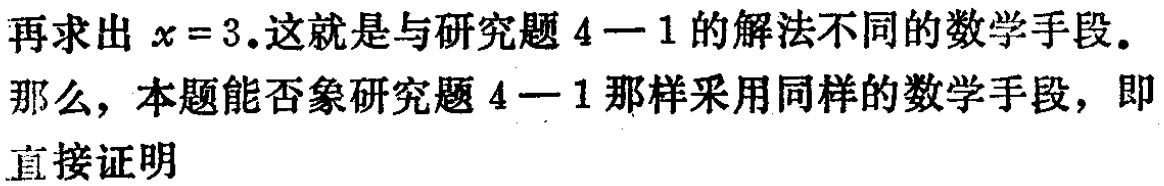
再求出\(x = 3\).这就是与研究题\(4 - 1\)的解法不同的数学手段.

那么，本题能否象研究题\(4 - 1\)那样采用同样的数学手段，即

直接证明